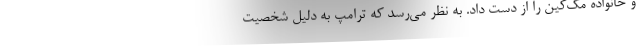
و خانواده مک‌کین را از دست داد. به نظر می‌رسد که ترامپ به دلیل شخصیت